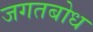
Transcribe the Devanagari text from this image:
जगतबोध